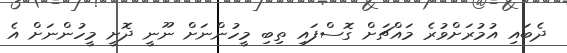
ދެބައި އުމުރަށްވުރެ މައްޗަށް ގޮސްފައި ތިބި މީހުންނަށް ނޫނީ ދޮށީ މީހުންނަށް އެ